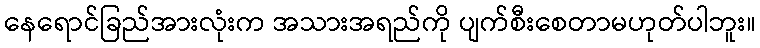
နေရောင်ခြည်အားလုံးက အသားအရည်ကို ပျက်စီးစေတာမဟုတ်ပါဘူး။